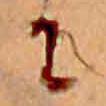
に